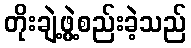
တိုးချဲ့ဖွဲ့စည်းခဲ့သည်